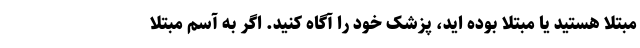
مبتلا هستید یا مبتلا بوده اید، پزشک خود را آگاه کنید. اگر به آسم مبتلا